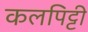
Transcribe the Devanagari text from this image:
कलपिट्टी